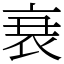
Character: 𮕩